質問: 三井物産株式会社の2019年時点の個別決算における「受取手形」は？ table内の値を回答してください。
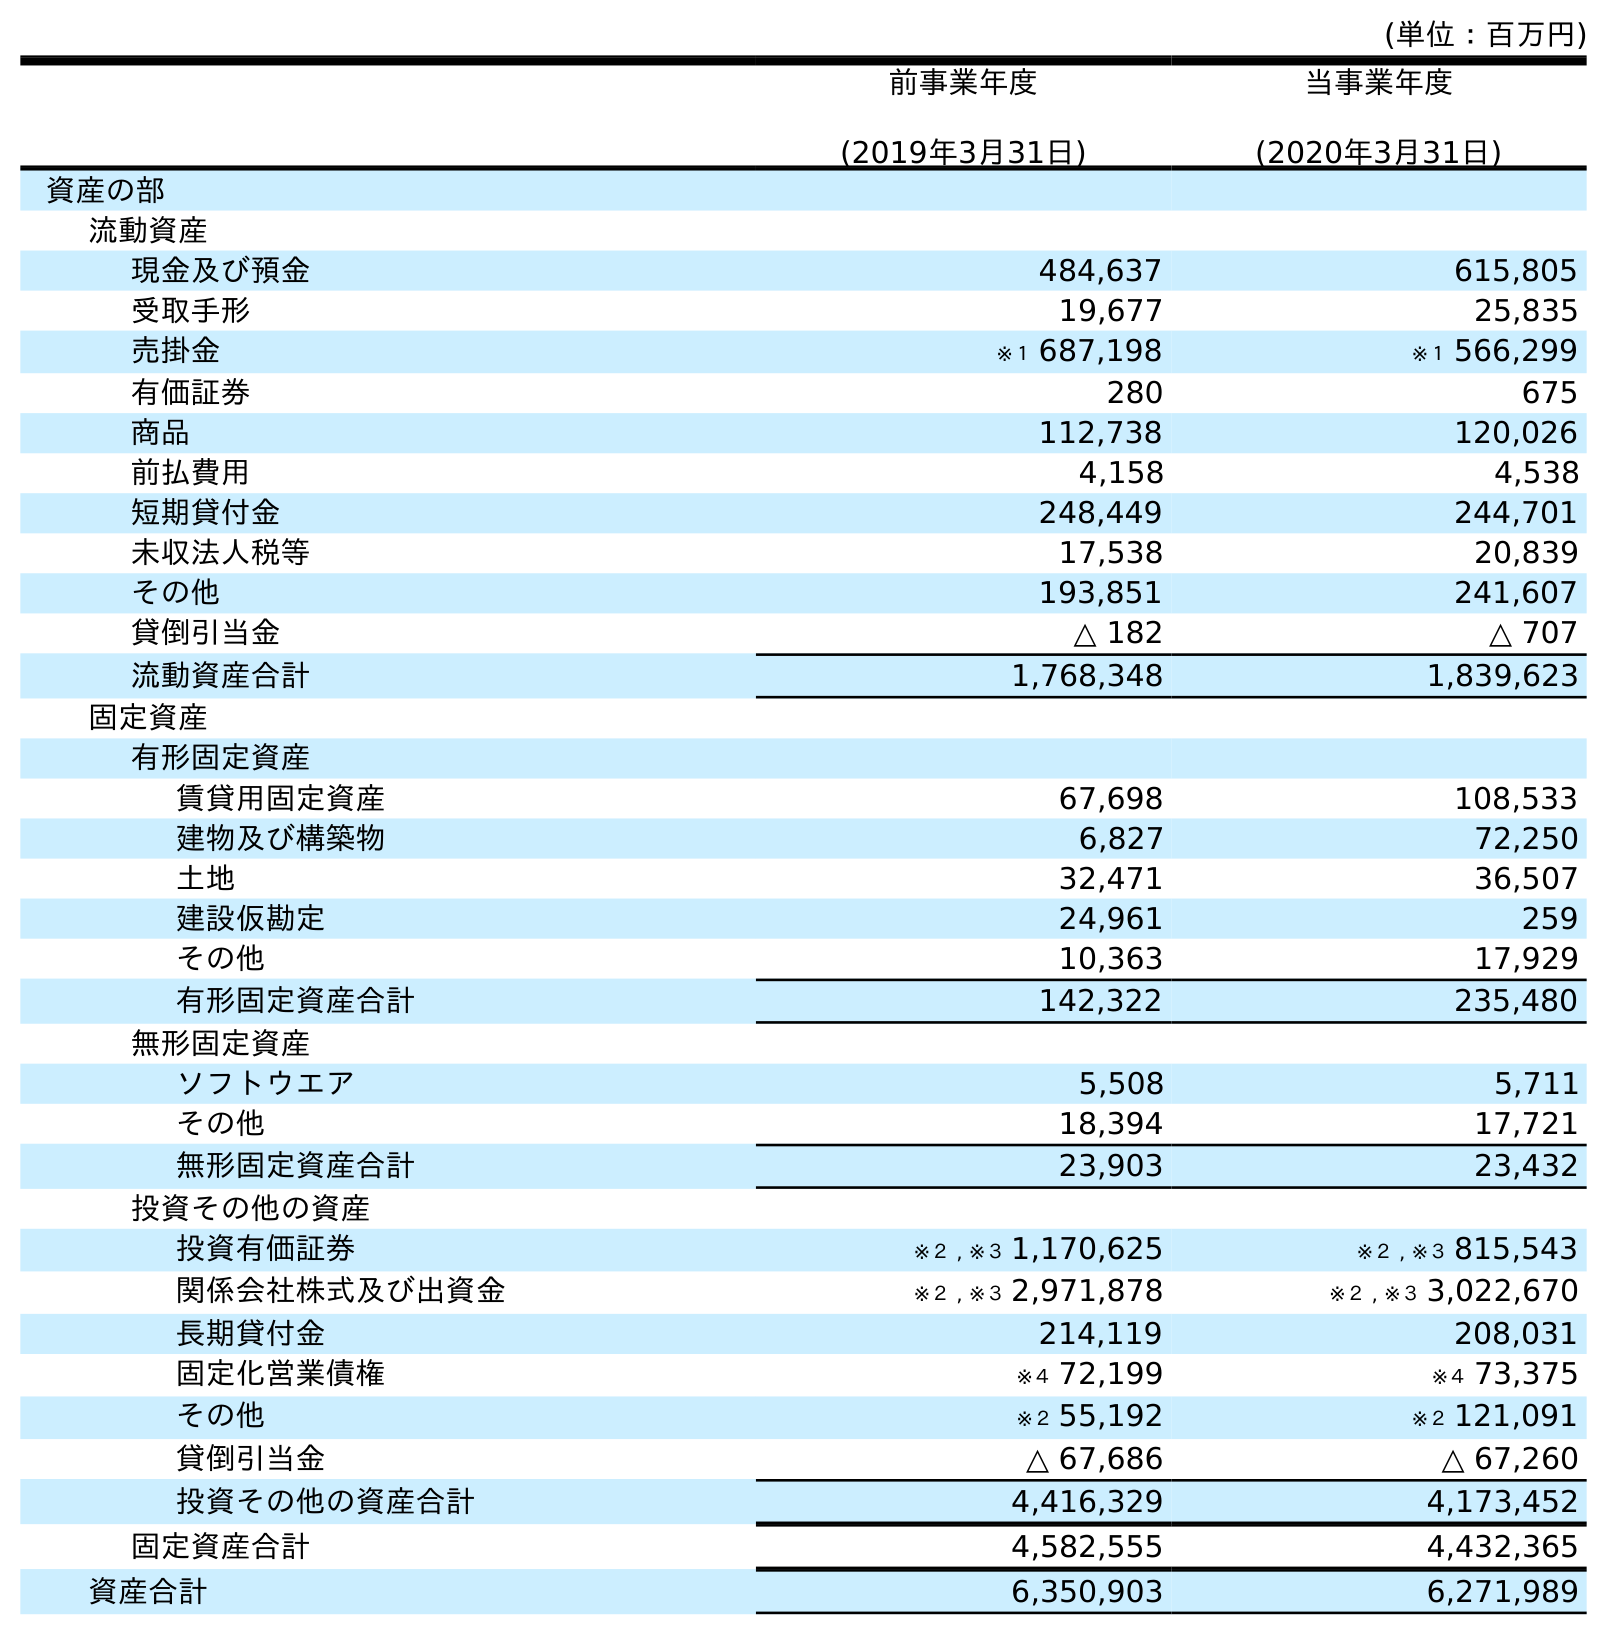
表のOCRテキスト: (単位：百万円) 前事業年度 (2019年3月31日) 当事業年度 (2020年3月31日) 資産の部 流動資産 現金及び預金 484,637 615,805 受取手形 19,677 25,835 売掛金 ※１ 687,198 ※１ 566,299 有価証券 280 675 商品 112,738 120,026 前払費用 4,158 4,538 短期貸付金 248,449 244,701 未収法人税等 17,538 20,839 その他 193,851 241,607 貸倒引当金 △ 182 △ 707 流動資産合計 1,768,348 1,839,623 固定資産 有形固定資産 賃貸用固定資産 67,698 108,533 建物及び構築物 6,827 72,250 土地 32,471 36,507 建設仮勘定 24,961 259 その他 10,363 17,929 有形固定資産合計 142,322 235,480 無形固定資産 ソフトウエア 5,508 5,711 その他 18,394 17,721 無形固定資産合計 23,903 23,432 投資その他の資産 投資有価証券 ※２ , ※３ 1,170,625 ※２ , ※３ 815,543 関係会社株式及び出資金 ※２ , ※３ 2,971,878 ※２ , ※３ 3,022,670 長期貸付金 214,119 208,031 固定化営業債権 ※４ 72,199 ※４ 73,375 その他 ※２ 55,192 ※２ 121,091 貸倒引当金 △ 67,686 △ 67,260 投資その他の資産合計 4,416,329 4,173,452 固定資産合計 4,582,555 4,432,365 資産合計 6,350,903 6,271,989
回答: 19,677